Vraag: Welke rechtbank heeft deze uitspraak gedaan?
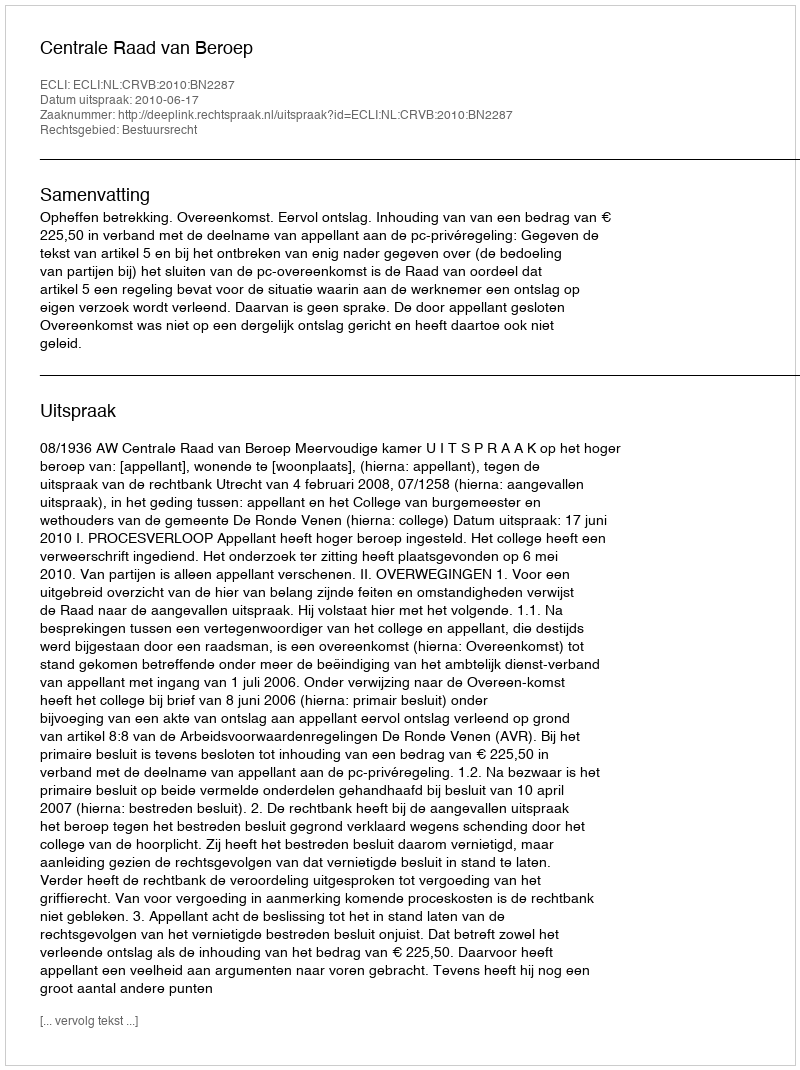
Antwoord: Centrale Raad van Beroep